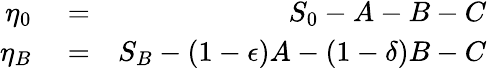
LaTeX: \begin{array}{rlr}{\eta_{0}}&{{}=}&{S_{0}-A-B-C}\\ {\eta_{B}}&{{}=}&{S_{B}-(1-\epsilon)A-(1-\delta)B-C}\end{array}